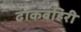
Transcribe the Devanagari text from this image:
ढाकबहिरी